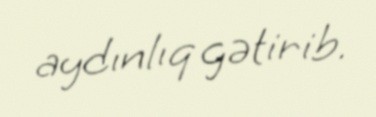
aydınlıq gətirib.